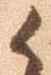
候